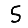
Digit: 5